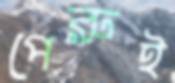
পেরুই